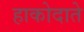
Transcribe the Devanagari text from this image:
हाकोदाते